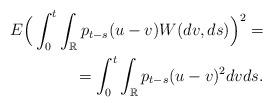
LaTeX: \begin{align*}E\Big(\int^t_0\int_{{\mathbb R}}p_{t-s}(u-v)W(dv, ds)\Big)^2=\\=\int^t_0\int_{{\mathbb R}}p_{t-s}(u-v)^2dvds.\end{align*}